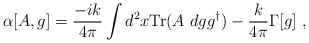
\begin{align*}\alpha[A,g]=\frac{-ik}{4\pi} \int d^2x {\rm Tr}(A~dgg^{\dagger})-\frac{k}{4\pi}\Gamma[g]\ ,\end{align*}